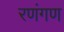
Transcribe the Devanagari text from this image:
रणंगण